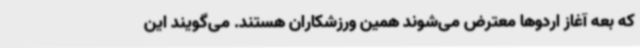
که بعه آغاز اردوها معترض می‌شوند همین ورزشکاران هستند. می‌گویند این